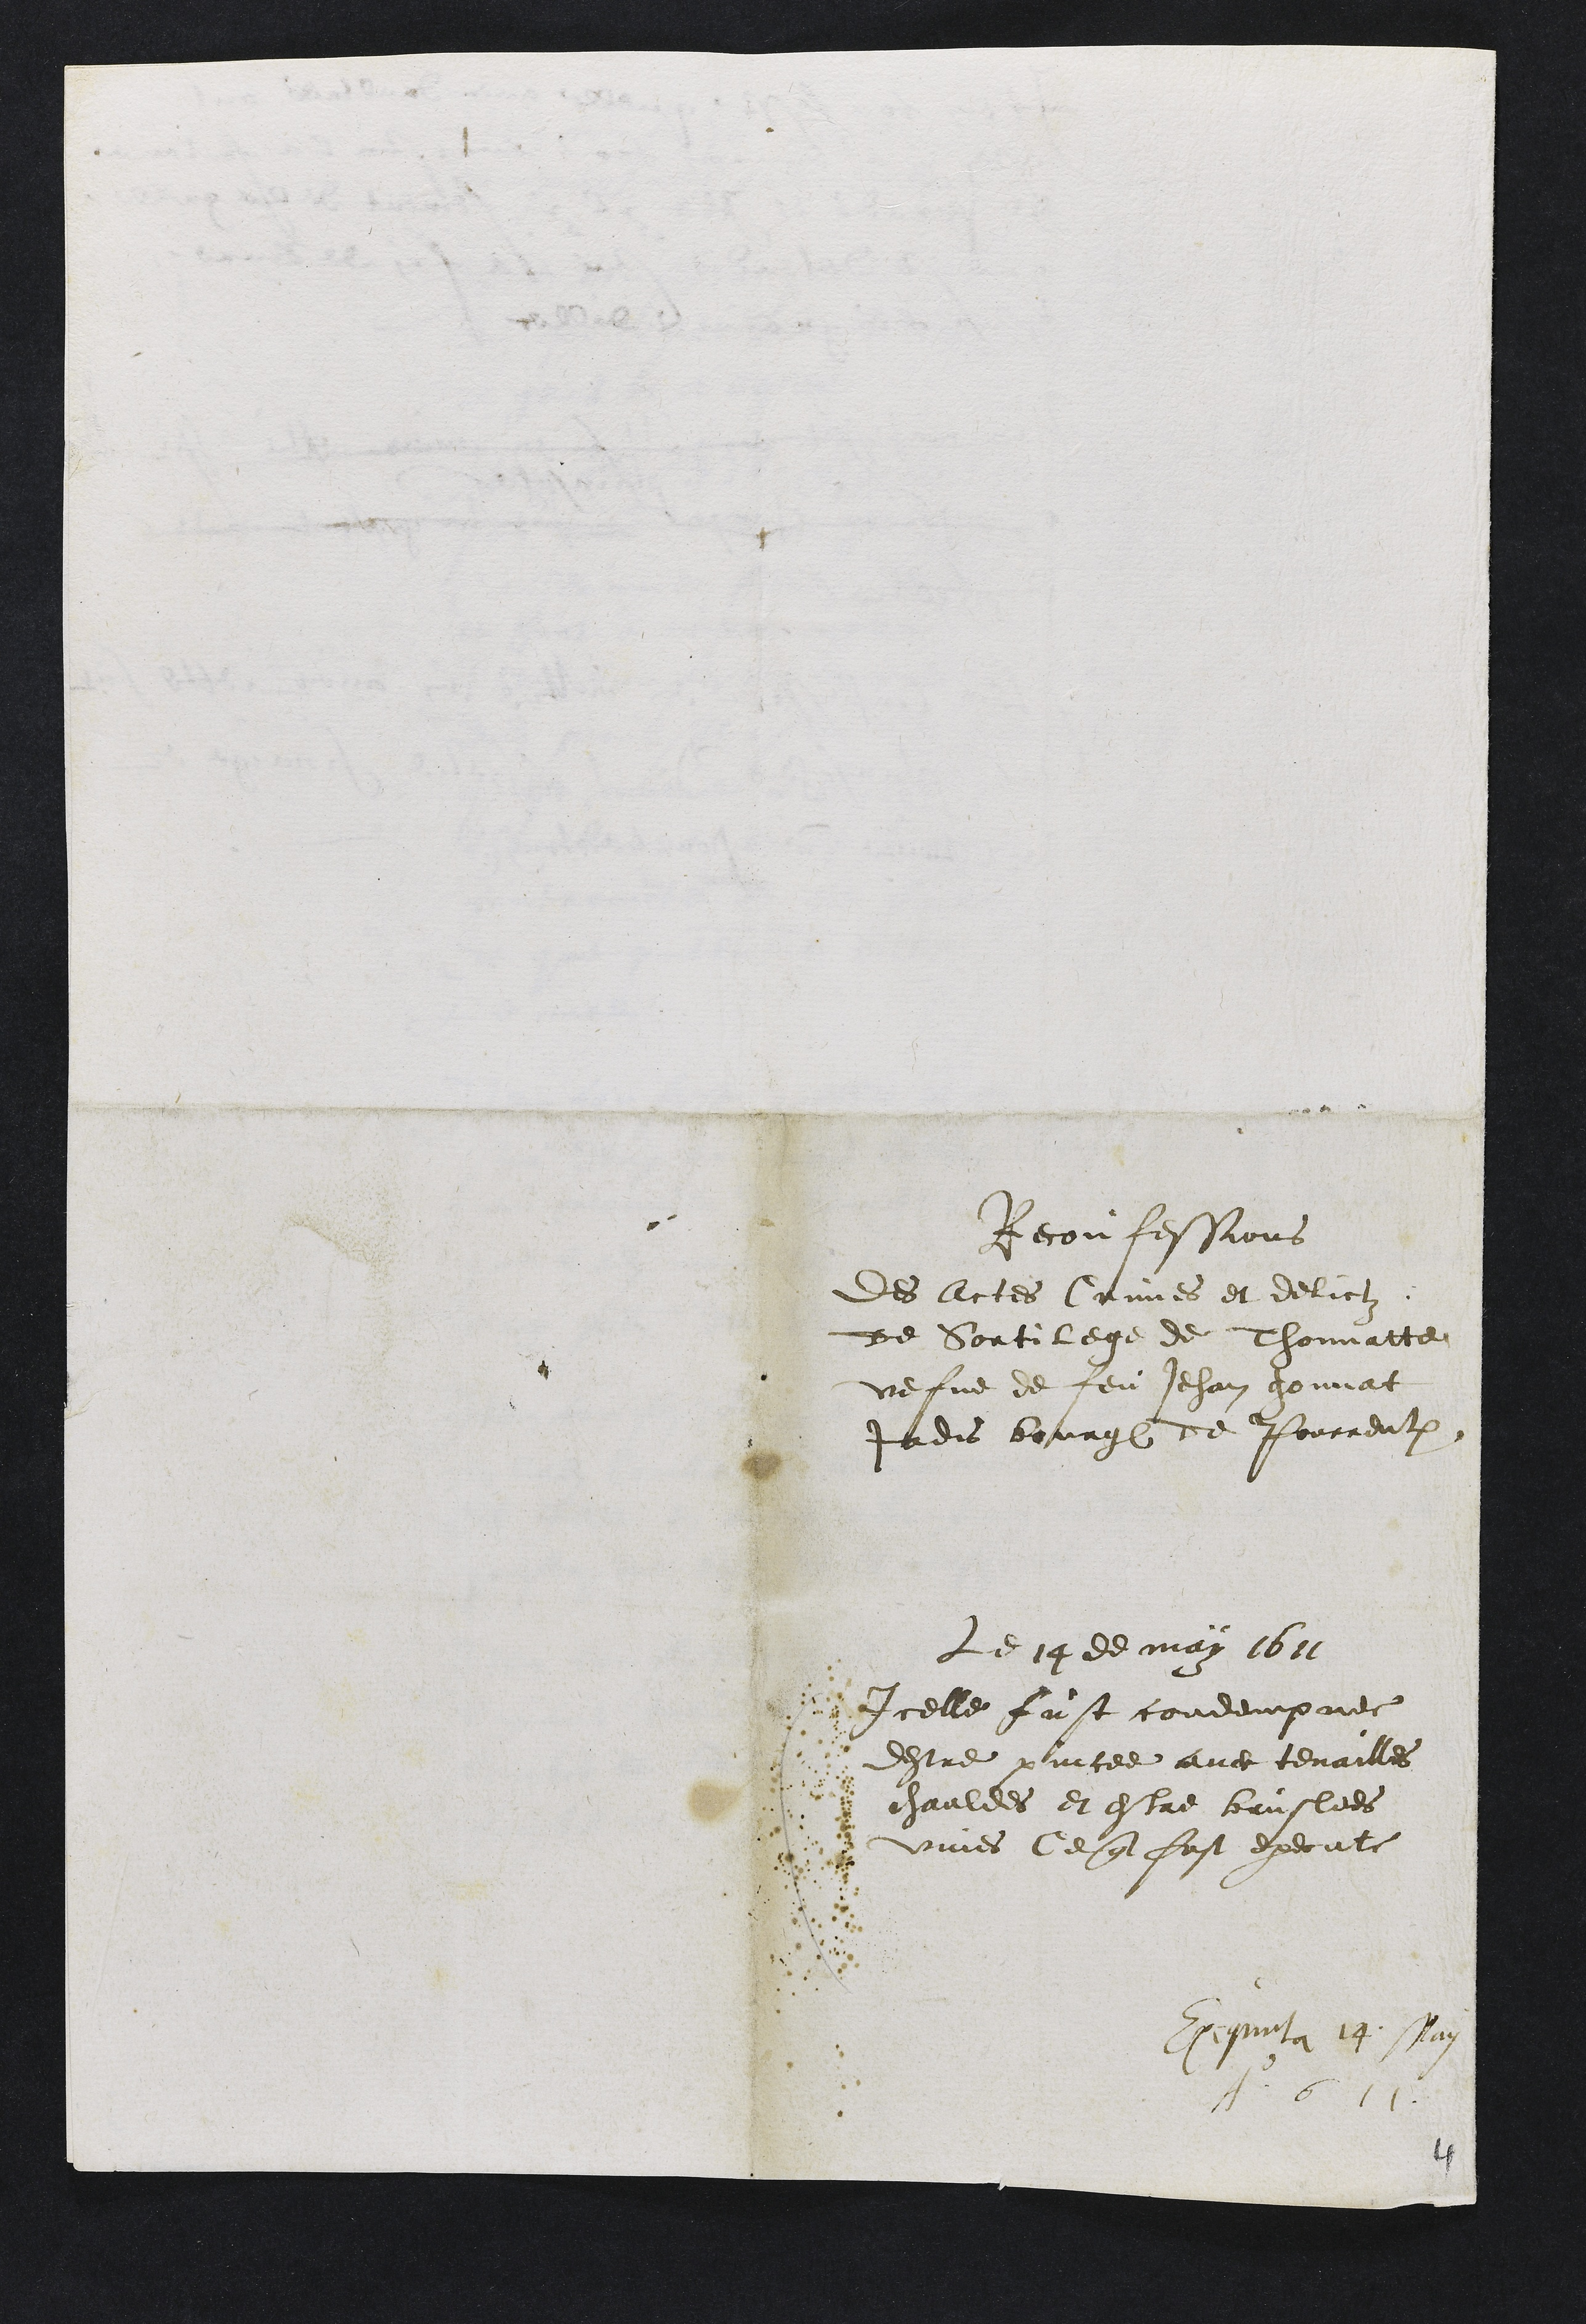
Reconfessions
Des Actes Crimes et delictz
de Sortilege de Thonnatte
vefve de feu Jehan gonnat
Jadis bourgeois de Pourrentruy
Le 14 de may 1611
Icelle fust condempnee
destre pincee avec tenailles
chauldes et estre bruslees
vives Ce que fust execute
Exequuta 14. May
Ao 1611.
4